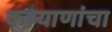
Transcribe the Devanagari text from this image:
कल्याणांचा